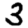
Digit: 3